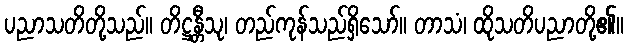
ပညာသတိတို့သည်။ တိဋ္ဌန္တီသု၊ တည်ကုန်သည်ရှိသော်။ တာသံ၊ ထိုသတိပညာတို့၏။